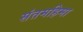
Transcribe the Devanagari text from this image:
संतमहिमा